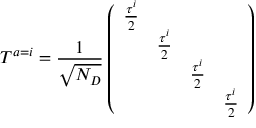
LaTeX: T ^ { a = i } = { \frac { 1 } { \sqrt { N _ { D } } } } \left( \begin{array} { c c c c } { { { \frac { \tau ^ { i } } { 2 } } } } & { { } } & { { } } & { { } } \\ { { } } & { { { \frac { \tau ^ { i } } { 2 } } } } & { { } } & { { } } \\ { { } } & { { } } & { { { \frac { \tau ^ { i } } { 2 } } } } & { { } } \\ { { } } & { { } } & { { } } & { { { \frac { \tau ^ { i } } { 2 } } } } \end{array} \right)